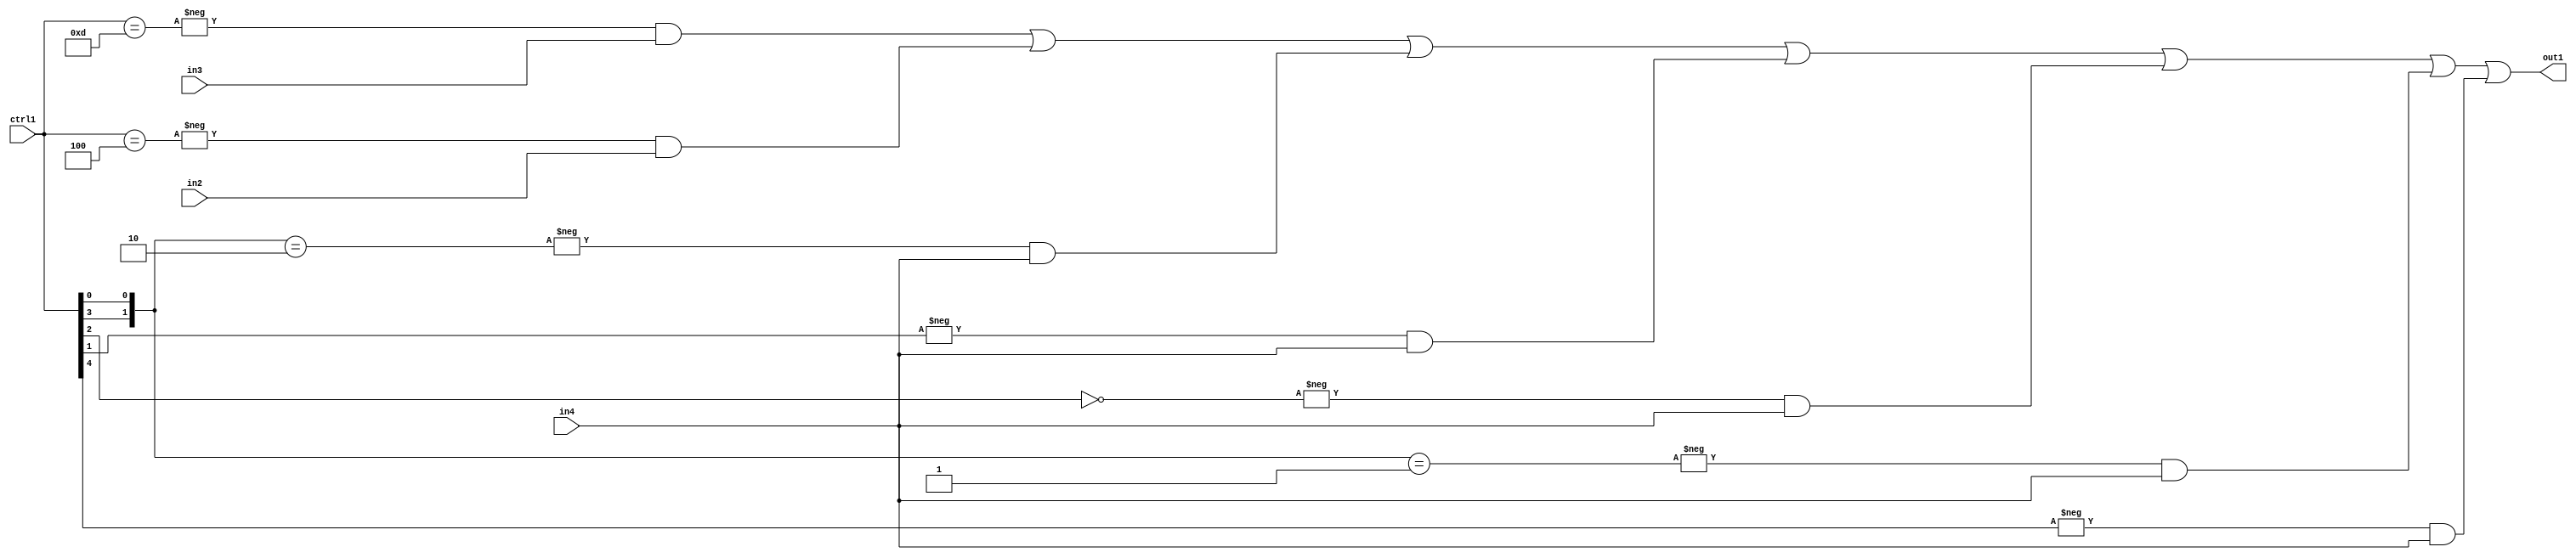
`timescale 1ps / 1ps
/*****************************************************************************
    Verilog RTL Description
    
    
    Created by: Stratus DpOpt 21.05.01 
*******************************************************************************/

module SobelFilter_N_Mux_20_3_18_4 (
	in4,
	in3,
	in2,
	ctrl1,
	out1
	); /* architecture "behavioural" */ 
input [19:0] in4,
	in3,
	in2;
input [4:0] ctrl1;
output [19:0] out1;
wire [19:0] asc001;

assign asc001 = 
	-{ctrl1 == 5'B01101} & in3 |
	-{ctrl1 == 5'B00100} & in2 |
	-{{ctrl1[3], ctrl1[0]} == 2'B10} & in4 |
	-{ctrl1[1] == 1'B1} & in4 |
	-{ctrl1[2] == 1'B0} & in4 |
	-{{ctrl1[3], ctrl1[0]} == 2'B01} & in4 |
	-{ctrl1[4] == 1'B1} & in4 ;

assign out1 = asc001;
endmodule

/* CADENCE  v7X4Sw8= : u9/ySxbfrwZIxEzHVQQV8Q== ** DO NOT EDIT THIS LINE ******/